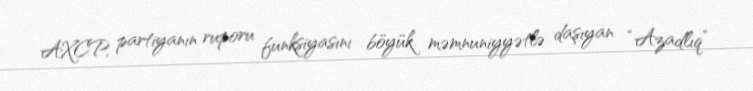
AXCP, partiyanın ruporu funksiyasını böyük məmnuniyyətlə daşıyan “Azadlıq”